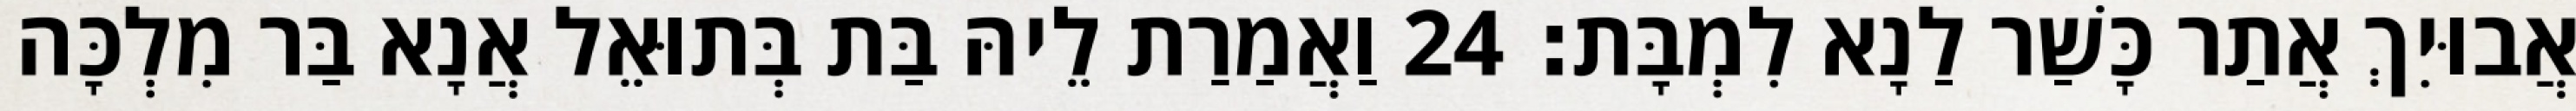
אֲבוּיִךְ אֲתַר כָּשַׁר לַנָא לִמְבָּת׃ 24 וַאֲמַרַת לֵיהּ בַּת בְּתוּאֵל אֲנָא בַּר מִלְכָּה